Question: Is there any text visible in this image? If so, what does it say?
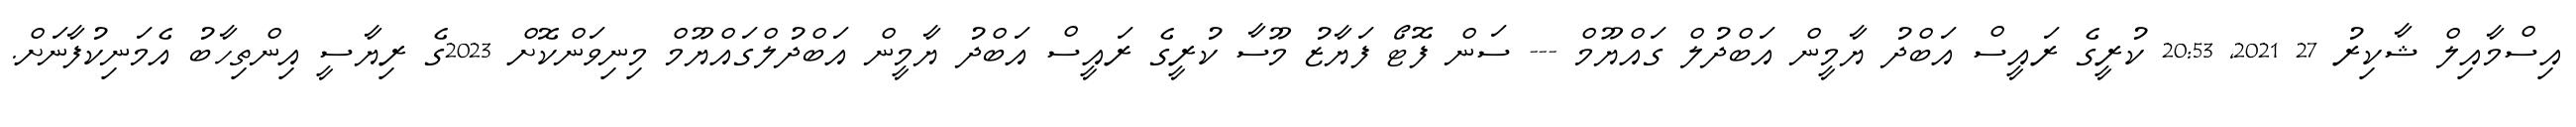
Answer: އިސްމާއިލް ޝާކިރު 27 2021, 20:53 ކުރީގެ ރައީސް އަބްދު ޔާމީން އަބްދުލް ގައްޔޫމް --- ސަން ފޮޓޯ ފަޔާޒު މޫސާ ކުރީގެ ރައީސް އަބްދު ޔާމީން އަބްދުލްގައްޔޫމް މިނިވަންކޮށް 2023ގެ ރިޔާސީ އިންތިހާބު އެމަނިކުފާނަށް.